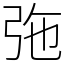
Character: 㢮